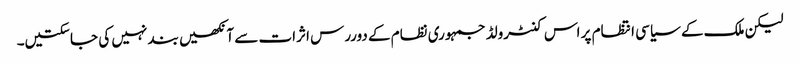
لیکن ملک کے سیاسی انتظام پر اس کنٹرولڈ جمہوری نظام کے دوررس اثرات سے آنکھیں بند نہیں کی جاسکتیں۔